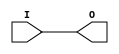
module IBUF_PCI33_5 (O, I);

    output O;

    input  I;

	buf B1 (O, I);


endmodule